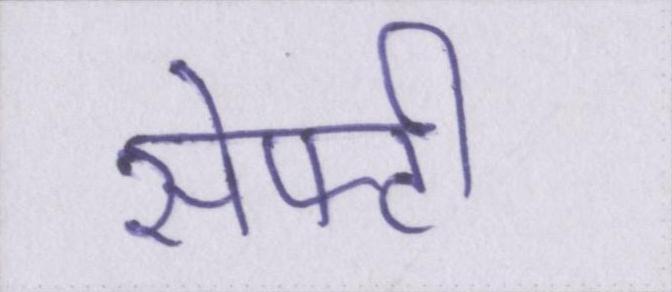
सेफ्टी